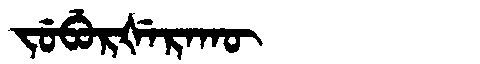
Manchu: ᠵᡠᠪᡠᡵᡧᡝᡵᠠᡴᡡ
Romanization: JUBURŠERAKŪ